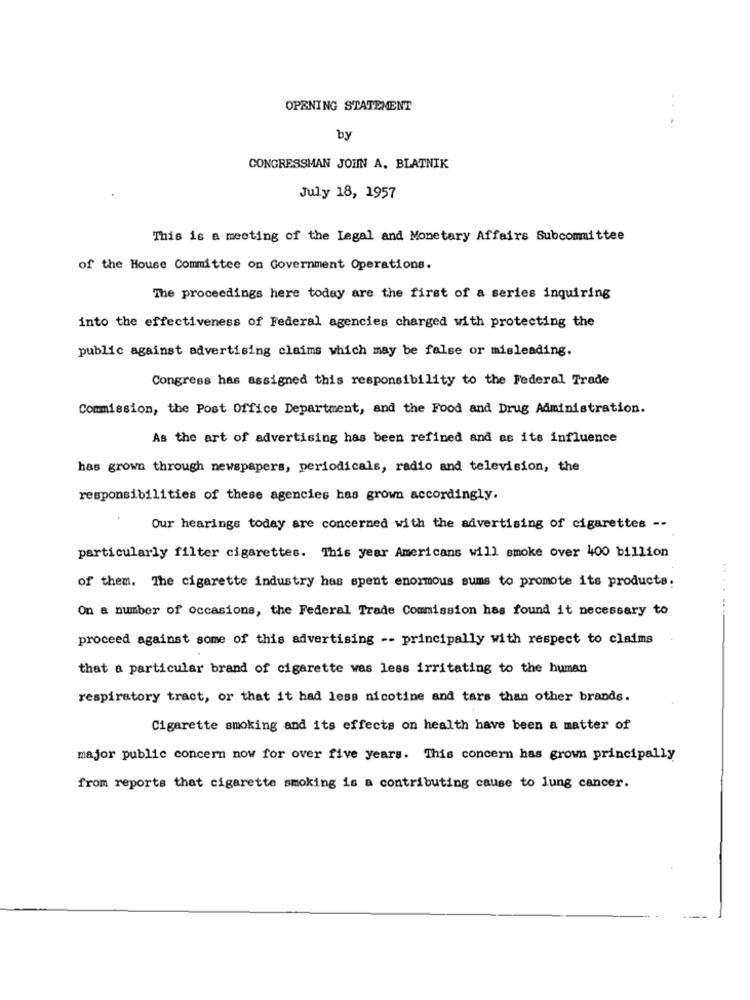
OPENING STATEMENT
by
CONGRESSMAN JOHN A, BLATNIK
July 18, 1957
This is a meeting of the Legal and Monetary Affairs Subcommittee
of the House Committee on Government Operations.
The proceedings here today are the first of a series inquiring
into the effectiveness of Federal agencies charged with protecting the
public against advertising claims which may be false or misleading.
Congress has assigned this responsibility to the Federal Trade
Commission, the Post Office Department, and the Food and Drug Administration.
As the art of advertising has been refined and as its influence
has grown through newspapers, periodicals, radio and television, the
responsibilities of these agencies has grown accordingly.
Our hearings today are concerned with the advertising of cigarettes --
particularly filter cigarettes. This year Americans will smoke over 400 billion
of them. The cigarette industry has spent enormous sums to promote its products.
....
On a number of occasions, the Federal Trade Commission has found it necessary to
proceed against some of this advertising -- principally with respect to claims
that a particular brand of cigarette was less irritating to the human
respiratory tract, or that it had less nicotine and tars than other brands.
Cigarette smoking and its effects on health have been a matter of
major public concern now for over five years. This concern has grown principally
from reports that cigarette smoking is a contributing cause to lung cancer.